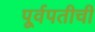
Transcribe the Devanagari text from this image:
पूर्वपतीची